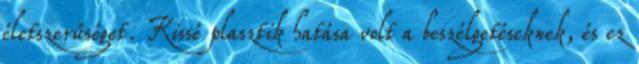
életszerűséget. Kissé plasztik hatása volt a beszélgetéseknek, és ez